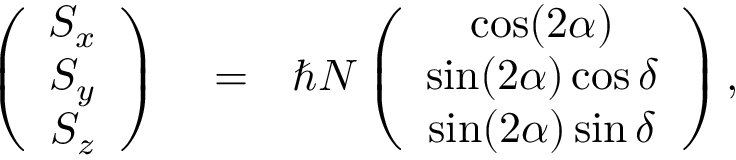
\begin{array} { r l r } { \left( \begin{array} { c } { S _ { x } } \\ { S _ { y } } \\ { S _ { z } } \end{array} \right) } & { { } = } & { \hbar N \left( \begin{array} { c } { \cos ( 2 \alpha ) } \\ { \sin ( 2 \alpha ) \cos \delta } \\ { \sin ( 2 \alpha ) \sin \delta } \end{array} \right) , } \end{array}